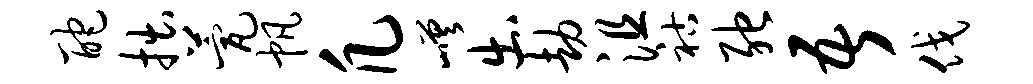
酡拙甍帆凡嵯出劫沮祜弛吾伐